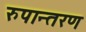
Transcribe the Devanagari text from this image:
रुपान्‍तरण